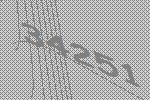
34251